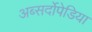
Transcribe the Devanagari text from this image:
अब्सर्दोपेडिया